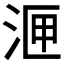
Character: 𭰙